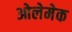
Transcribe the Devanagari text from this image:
ओलेमेक